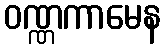
ဝဏ္ဏကာမေန